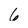
Character: 6